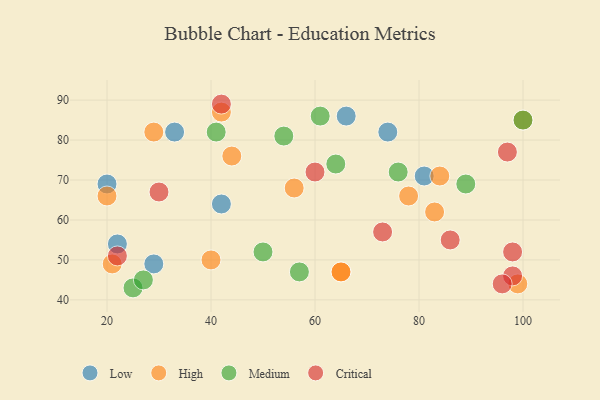
{"axis": {"x": "GDP", "y": "Life Expectancy"}, "legend": ["Critical", "High", "Low", "Medium"], "data": [{"x": "22", "y": 54, "type": "Low"}, {"x": "42", "y": 64, "type": "Low"}, {"x": "66", "y": 86, "type": "Low"}, {"x": "81", "y": 71, "type": "Low"}, {"x": "33", "y": 82, "type": "Low"}, {"x": "20", "y": 69, "type": "Low"}, {"x": "74", "y": 82, "type": "Low"}, {"x": "29", "y": 49, "type": "Low"}, {"x": "40", "y": 50, "type": "High"}, {"x": "84", "y": 71, "type": "High"}, {"x": "100", "y": 85, "type": "High"}, {"x": "99", "y": 44, "type": "High"}, {"x": "65", "y": 47, "type": "High"}, {"x": "78", "y": 66, "type": "High"}, {"x": "29", "y": 82, "type": "High"}, {"x": "42", "y": 87, "type": "High"}, {"x": "56", "y": 68, "type": "High"}, {"x": "20", "y": 66, "type": "High"}, {"x": "65", "y": 47, "type": "High"}, {"x": "21", "y": 49, "type": "High"}, {"x": "83", "y": 62, "type": "High"}, {"x": "44", "y": 76, "type": "High"}, {"x": "50", "y": 52, "type": "Medium"}, {"x": "100", "y": 85, "type": "Medium"}, {"x": "57", "y": 47, "type": "Medium"}, {"x": "25", "y": 43, "type": "Medium"}, {"x": "61", "y": 86, "type": "Medium"}, {"x": "76", "y": 72, "type": "Medium"}, {"x": "41", "y": 82, "type": "Medium"}, {"x": "89", "y": 69, "type": "Medium"}, {"x": "64", "y": 74, "type": "Medium"}, {"x": "27", "y": 45, "type": "Medium"}, {"x": "54", "y": 81, "type": "Medium"}, {"x": "30", "y": 67, "type": "Critical"}, {"x": "22", "y": 51, "type": "Critical"}, {"x": "98", "y": 46, "type": "Critical"}, {"x": "86", "y": 55, "type": "Critical"}, {"x": "42", "y": 89, "type": "Critical"}, {"x": "97", "y": 77, "type": "Critical"}, {"x": "73", "y": 57, "type": "Critical"}, {"x": "96", "y": 44, "type": "Critical"}, {"x": "60", "y": 72, "type": "Critical"}, {"x": "98", "y": 52, "type": "Critical"}]}